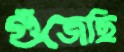
গুঁজেছি